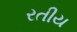
રતીય